Civil Veterinary Department Bihar & Orissa reports 1922-29 - 1922-1929
Year: 1922
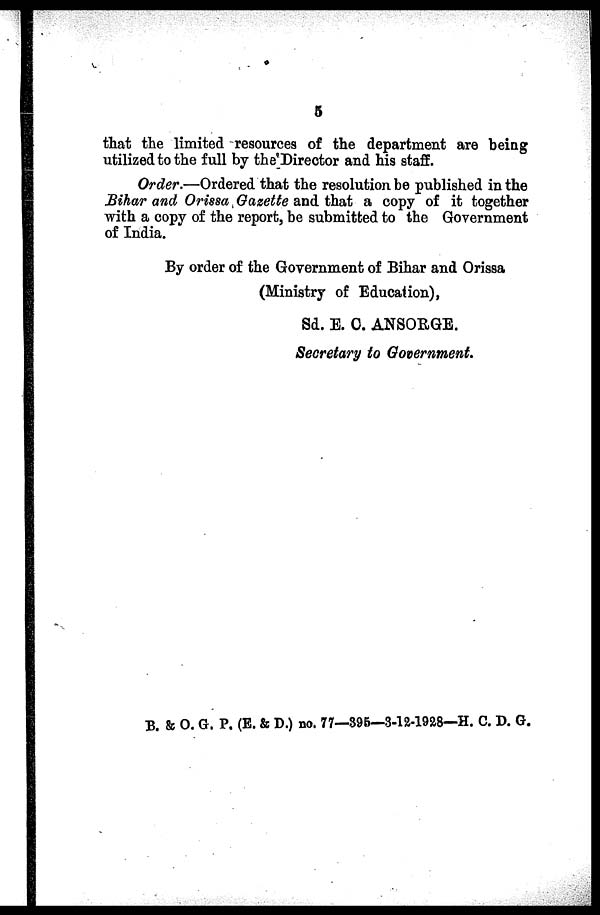
5
that the limited resources of the department are being
utilized to the full by the Director and his staff.
Order*—-Ordered that the resolution be published in the
Bihar and Orissa Gazette and that a copy of it together
with a copy of the report, be submitted to the Government
of India.
By order of the Government of Bihar and Orissa
(Ministry of Education),
Sd. E. C. ANSORGE.
Secretory to Governmemt.
B. & O. G. P, (E. & D.) no, 77—395—3-12-1928-H. C. D. G.